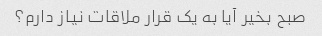
صبح بخیر آیا به یک قرار ملاقات نیاز دارم؟